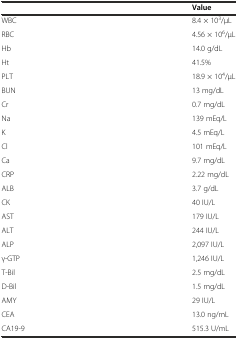
<table><thead><tr><td></td><td><b>Value</b></td></tr></thead><tbody><tr><td>WBC</td><td>8.4 × 10<sup>3</sup>/μL</td></tr><tr><td>RBC</td><td>4.56 × 10<sup>6</sup>/μL</td></tr><tr><td>Hb</td><td>14.0 g/dL</td></tr><tr><td>Ht</td><td>41.5%</td></tr><tr><td>PLT</td><td>18.9 × 10<sup>4</sup>/μL</td></tr><tr><td>BUN</td><td>13 mg/dL</td></tr><tr><td>Cr</td><td>0.7 mg/dL</td></tr><tr><td>Na</td><td>139 mEq/L</td></tr><tr><td>K</td><td>4.5 mEq/L</td></tr><tr><td>Cl</td><td>101 mEq/L</td></tr><tr><td>Ca</td><td>9.7 mg/dL</td></tr><tr><td>CRP</td><td>2.22 mg/dL</td></tr><tr><td>ALB</td><td>3.7 g/dL</td></tr><tr><td>CK</td><td>40 IU/L</td></tr><tr><td>AST</td><td>179 IU/L</td></tr><tr><td>ALT</td><td>244 IU/L</td></tr><tr><td>ALP</td><td>2,097 IU/L</td></tr><tr><td>γ-GTP</td><td>1,246 IU/L</td></tr><tr><td>T-Bil</td><td>2.5 mg/dL</td></tr><tr><td>D-Bil</td><td>1.5 mg/dL</td></tr><tr><td>AMY</td><td>29 IU/L</td></tr><tr><td>CEA</td><td>13.0 ng/mL</td></tr><tr><td>CA19-9</td><td>515.3 U/mL</td></tr></tbody></table>